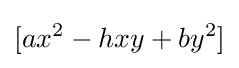
[ax^{2}-hxy+by^{2}]